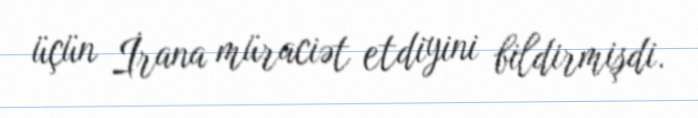
üçün İrana müraciət etdiyini bildirmişdi.